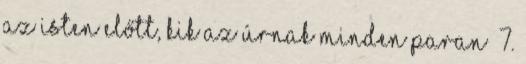
az Isten előtt, kik az Úrnak minden paran− 7.